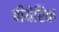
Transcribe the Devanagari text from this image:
बीयेरिंक